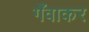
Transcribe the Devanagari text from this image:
गँवाकर